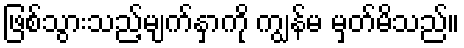
ဖြစ်သွားသည့်မျက်နှာကို ကျွန်မ မှတ်မိသည်။